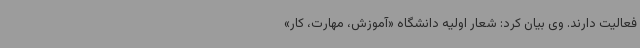
فعالیت دارند. وی بیان کرد: شعار اولیه دانشگاه «آموزش، مهارت، کار»